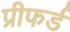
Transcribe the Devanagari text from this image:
प्रीफर्ड